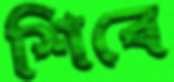
শিবে